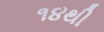
૧૪થી